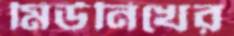
মিউনিখের